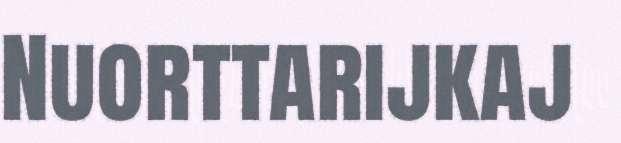
Nuorttarijkaj